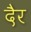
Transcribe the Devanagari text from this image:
दैर